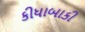
કીધાબાકી